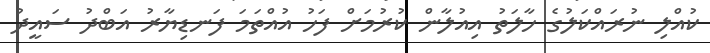
ކުއްލި ނުރައްކަލުގެ ހާލަތު އިއުލާން ކުރުމަށް ފަހު އުއްތަމަ ފަނޑިޔާރު އަބްދު ސައީދު